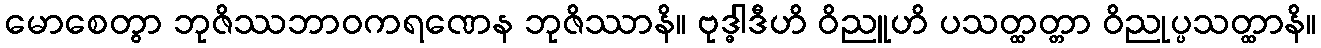
မောစေတွာ ဘုဇိဿဘာဝကရဏေန ဘုဇိဿာနိ။ ဗုဒ္ဓါဒီဟိ ဝိညူဟိ ပသတ္ထတ္တာ ဝိညုပ္ပသတ္ထာနိ။